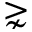
\gnsim